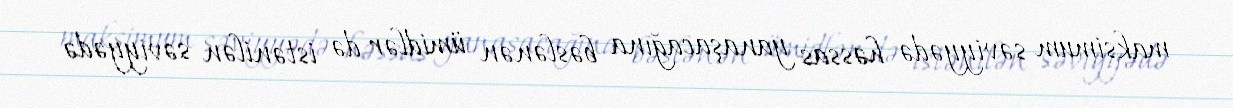
maksimum səviyyədə həssas yanaşacağına bəslənən ümidlər də istənilən səviyyədə